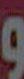
و